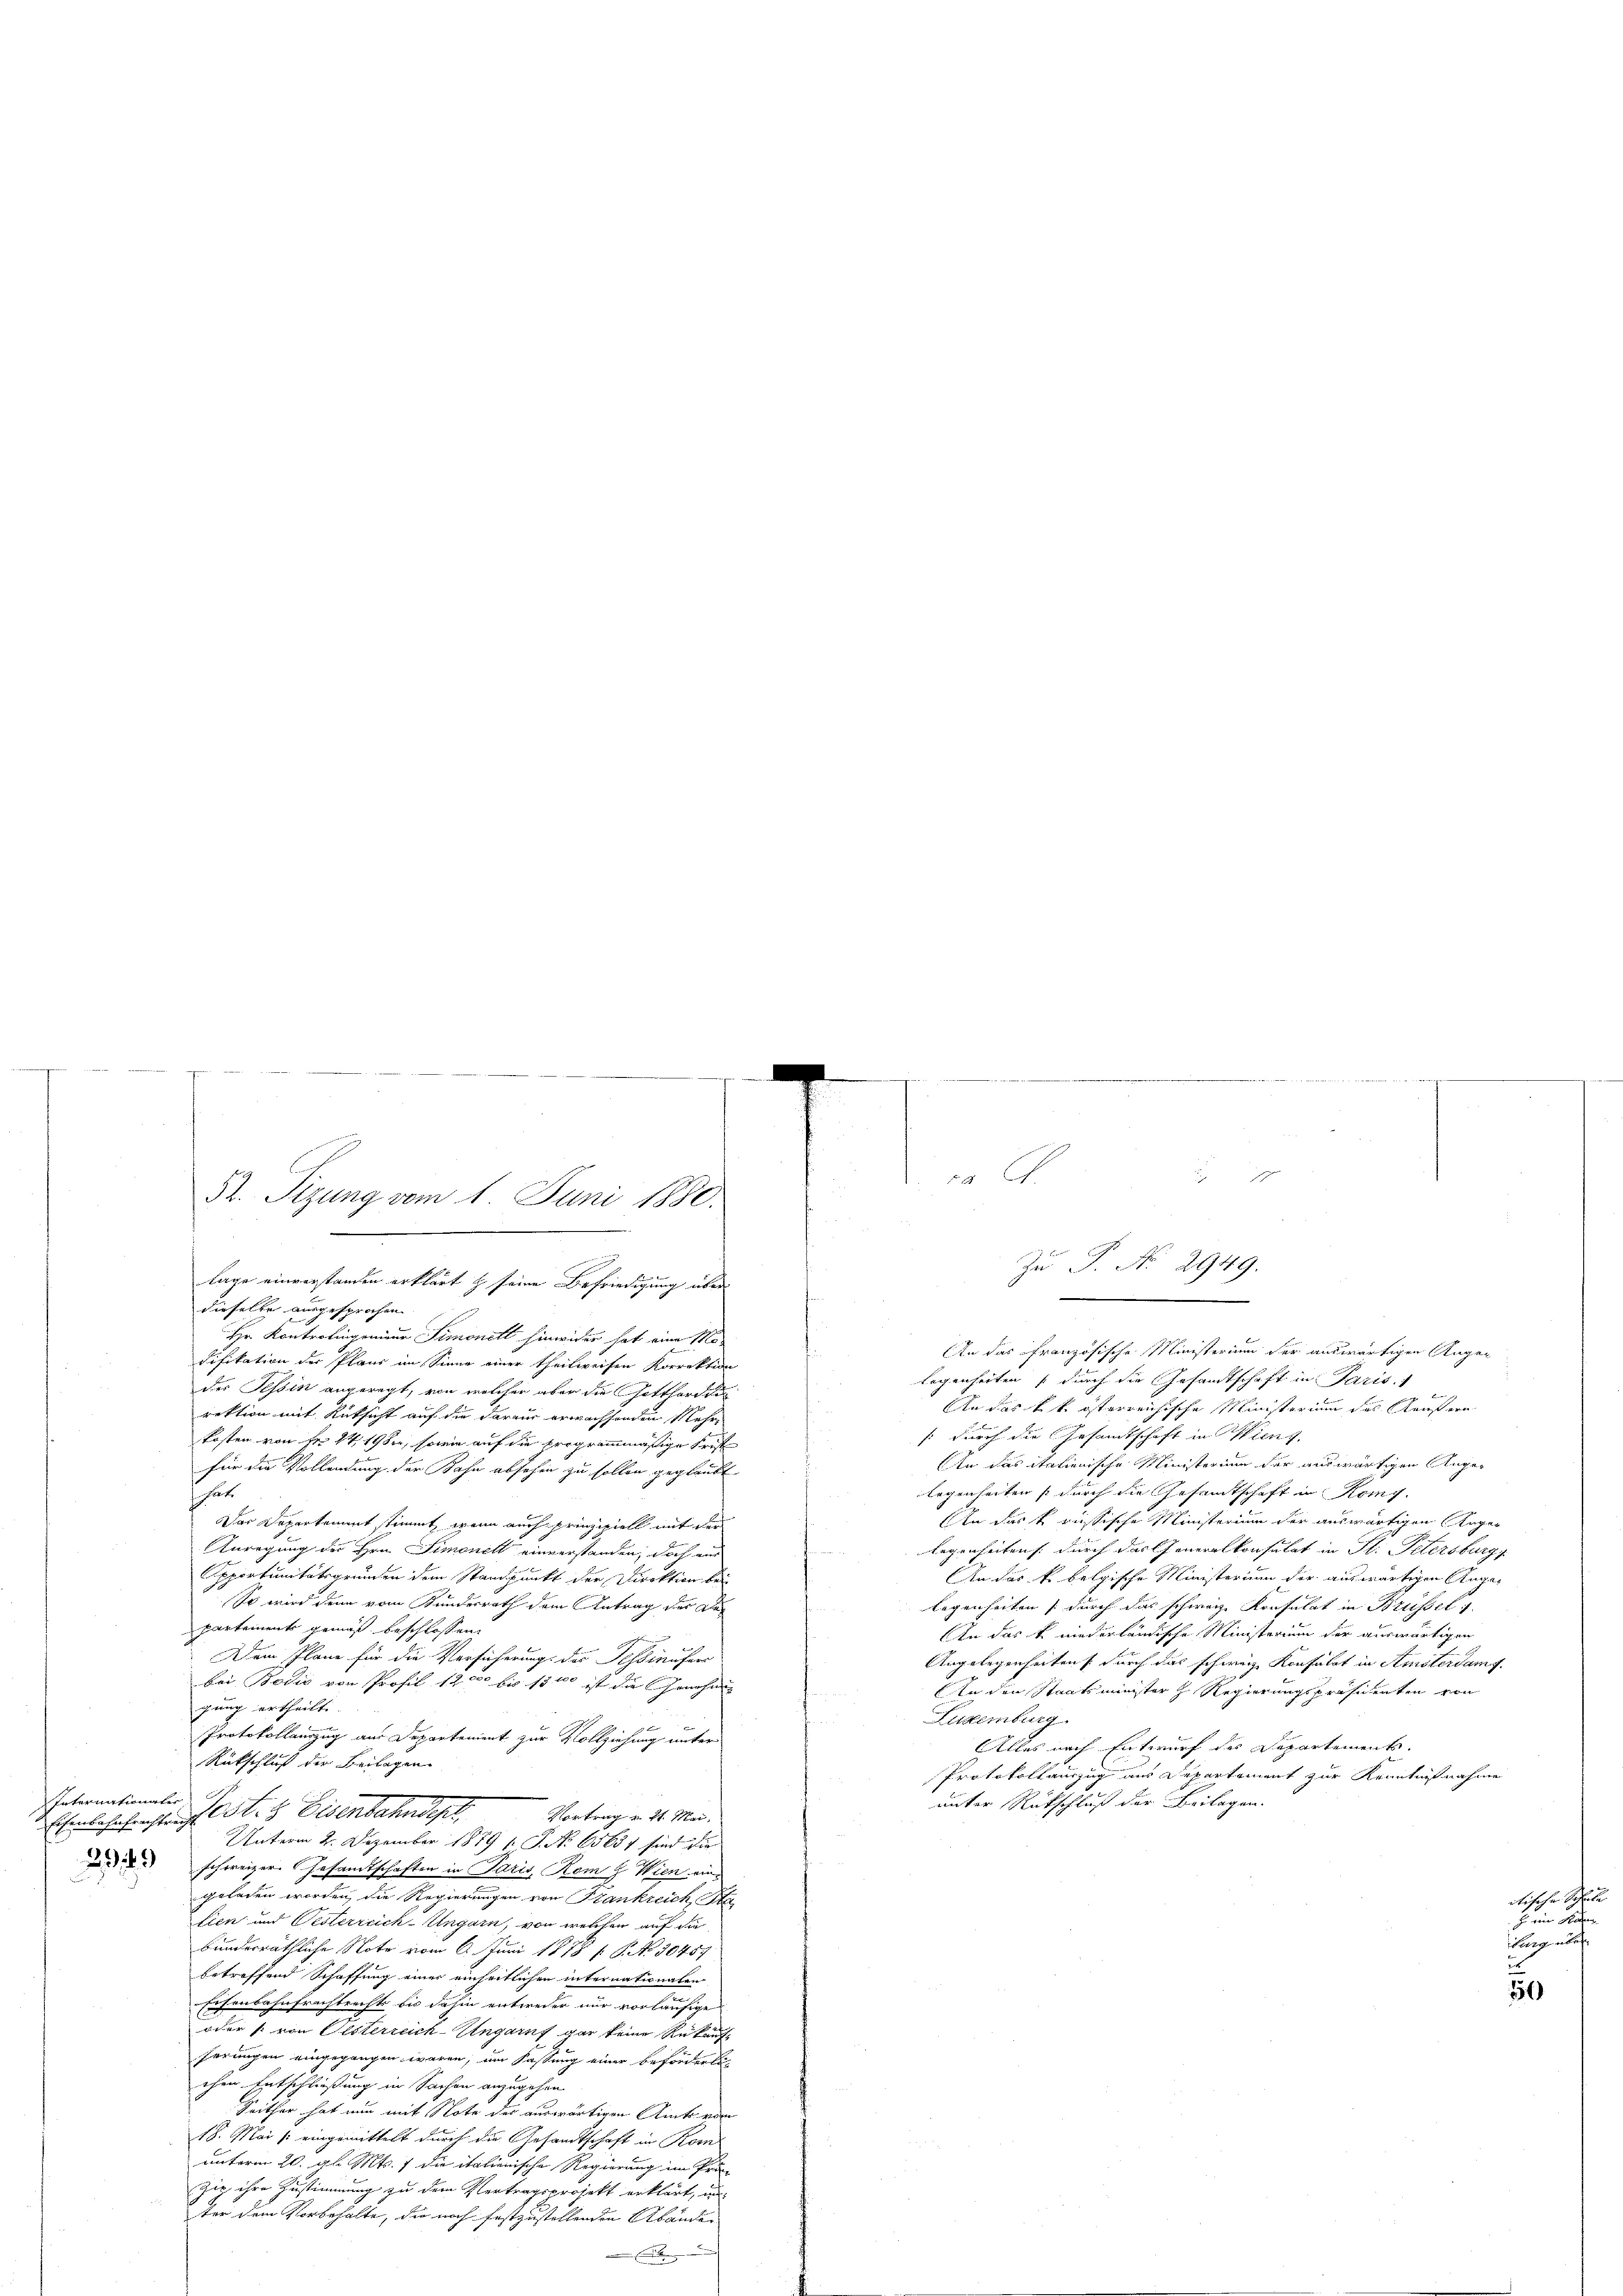
e
lage einverstanden erklärt & seine Befriedigung über
dieselbe ausgesprochen.
Hr. Kontrolingreiner Simonett hinwider hat eine Mo-
difikation der Plans im Sinne einer theilweisen Korrektion
des Tessin angeregt, von welcher aber die Gotthardt
An das k. k. österreichische Ministerium des Kaufern
rektion mit Rücksicht auf die daraus erwachsenden Mehr
(durch die Gesamtschaft in Wien.
kosten von Fr. 1419 der, sowie auf die programmäßige Frist
In das italienische Ministerium der auswärtigen Angefür die Vollendung der Bahn absehen zu sollen geglaubt
legenheiten s durch die Gesandtschaft in Komp.
hat.
Aen das k. russische Ministerium der auswärtigen Ange¬
Das Departament stimmt, wenn auch prinzipiell mit der
legenheitens durch das Generalkonsulat in St. Petersburg
nregung der Hrn. Simonell einverstanden, doch aus
Apportunitätsgrunden dem Standpunkt der Direktion bei
An das k. belgische Ministerium der auswärtigen Ange¬
So wird denn vom Kundesrath dem Antrag der De
legenheiten durch das schweiz. Konsulat in Brüssel 1.
partements gemäß beschlossen:
In das k. niederländische Ministerium der auswärtigen

Dem Plane für die Versicherungs das Scheinufers
Angelegenheiten durch das schweiz. Konsulat in Amsterdam 7.
bei Bodić von Profil 12000 bis 15 000 ist die Ernohmen |
In den Staatsminister z Regierungspräsidenten von
gung ertheilt.
Luxenburg.
Protokollauszug aus Departement zur Vollziehung unter
Alles nach Entwurf des Departements.
Rückschluß der Beilagen
Protokollauszug aus Departement zur Kenntnißnahme
Internationates
unter Rückschluß der Beilagen.
Vortrag v. 21. Mai.
Ehinbesehenstraf St. G. Eisenbahnder
Unterm 2. Dezember 1879 1. P. No 65651 sind die
 schweizer. Gesandtschaften in Paris, Rom g. Wien eingeladen worden, die Regierungen von Frankreich, Sta
lien und Vesterreich-Ungarn, von welchen auf die
bunderräthliche Note vom 6. Juni 1878 / P. No 10457
betreffend Schaffung einer einheitlichen internationalen
Eisenbahnfrachtrechts bis dahin entweder nur vorläufige
oder (: von Festerreich-Ungaruf gar keine Rekur
serungen eingegangen wären, im Fassung einer beförderlich
chen Entschließung in Sachen anzugehen.
Seither hat nun mit Note der auswärtigen Amts von
18. Mai eingemittelt durch die Gesandtschaft in Rom
unterm 20. gl. Mts. 7 die italienische Regierung im Prä-
Ziz ihre Zustimmung zu dem Vertragsprojekt erklärt, un
ter dem Vorbehalte, die noch festzustellenden Abänden

52. Sizung vom 1. Juni 1880.
e

a G

Zŭ P. No 2949.

.
An das französische Ministerium der auswärtigen Augen
legenheiten durch die Gesamtschaft in Paris.

2
150

dte sehen Schul¬
Z. eine Kan
burg über